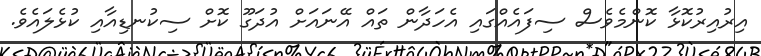
އިރުއިރުކޮޅާ ކޮންމެވެސް ސިފައެއްގައި އެހަދާން ތައް އޭނައަށް އުދަގޫ ކޮށް ސިކުނޑިއާއި ކުޅެލައެވެ.